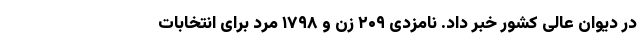
در دیوان عالی کشور خبر داد. نامزدی ۲۰۹ زن و ۱۷۹۸ مرد برای انتخابات